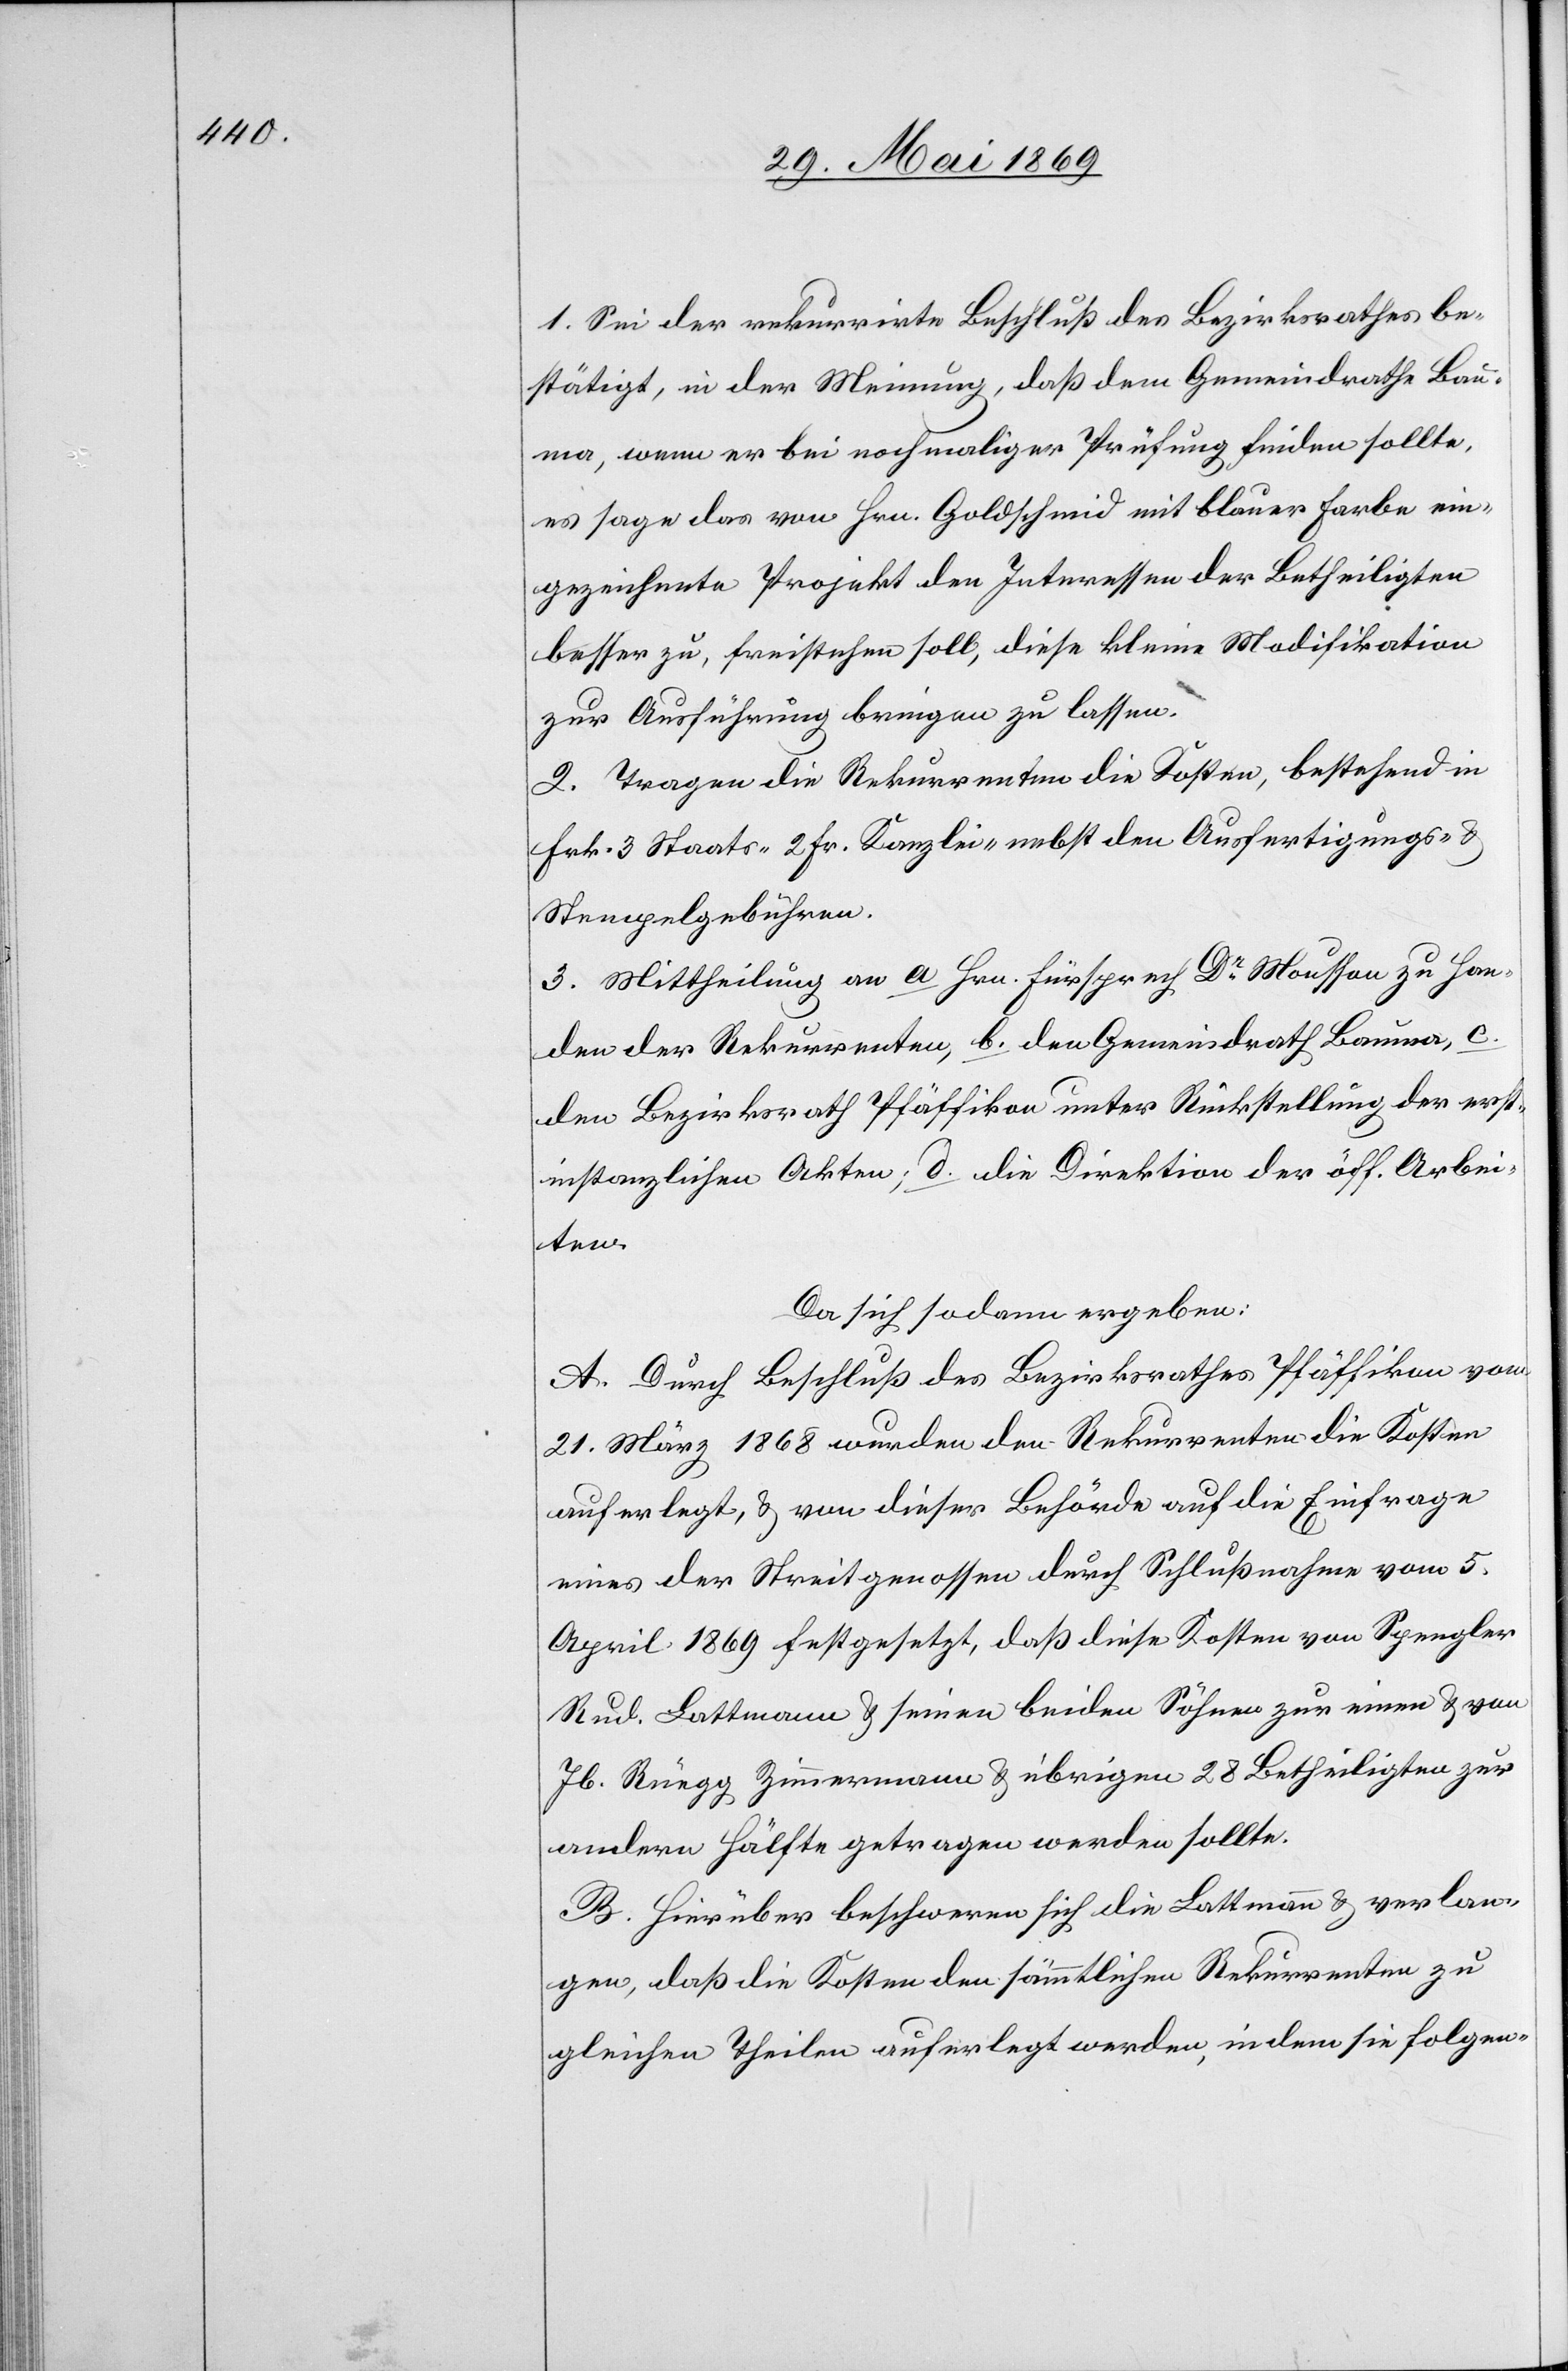
1. Sei der rekurrirte Beschluß des Bezirksrathes be¬
stätigt, in der Meinung, daß dem Gemeindrathe Bau¬
ma, wenn er bei nochmaliger Prüfung finden sollte,
es sage das von Hrn. Goldschmid mit blauer Farbe ein¬
gezeichnete Projekt den Interessen der Betheiligten
besser zu, freistehen soll, diese kleine Modifikation
zur Ausführung bringen zu lassen.
2. Tragen die Rekurrenten die Kosten, bestehend in
Frk. 3 Staats-[,] 2 Fr. Kanzlei- nebst den Ausfertigungs- u.
Stempelgebühren.
3. Mittheilung an a. Hrn. Fürsprech Dr Mousson zu Han¬
den der Rekurrenten, b. den Gemeindrath Bauma, c.
den Bezirksrathe Pfäffikon unter Rückstellung der erst¬
instanzlichen Akten; d. die Direktion der öff. Arbei¬
ten
Da sich sodann ergeben:
A. Durch Beschluß des Bezirksrathes Pfäffikon vom
21. März 1868 wurden den Rekurrenten die Kosten
auferlegt, u. von dieser Behörde auf die Einfrage
eines der Streitgenossen durch Schlußnahme vom 5.
April 1869 festgesetzt, daß diese Kosten von Spengler
Rud. Lattmann u. seinen beiden Söhnen zur einen u. von
Jb. Rüegg Zimmermann u. übrigen 28 Betheiligten zur
andern Hälfte getragen werden sollte.
B. Hierüber beschweren sich die Lattmann u. verlan¬
gen, daß die Kosten den sämmtlichen Rekurrenten zu
gleichen Theilen auferlegt werden, in dem sie folgen-